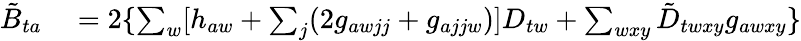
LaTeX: \begin{array}{rl}{\tilde{B}_{ta}}&{{}=2\{ \sum_{w}[h_{aw}+\sum_{j}(2g_{awjj}+g_{ajjw})]D_{tw}+\sum_{wxy}\tilde{D}_{twxy}g_{awxy}\} }\end{array}